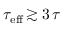
\tau _ { \mathrm { e f f } } \! \gtrsim 3 \, \tau